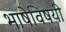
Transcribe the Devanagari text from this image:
भाषेविषयी